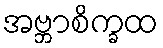
အဗ္ဘာစိက္ခထ